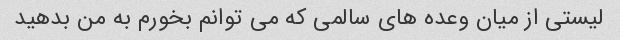
لیستی از میان وعده های سالمی که می توانم بخورم به من بدهید